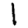
Digit: 1